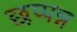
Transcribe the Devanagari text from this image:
छप्पन्न